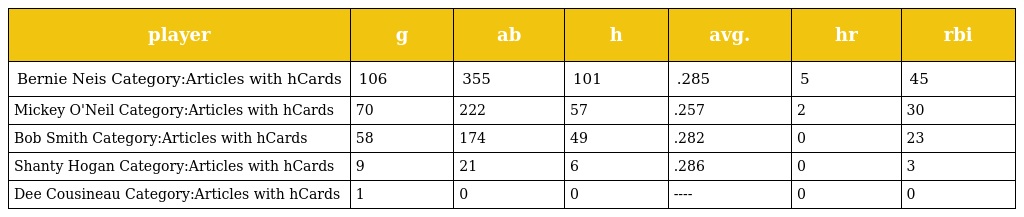
| player | g | ab | h | avg. | hr | rbi |
 | --- | --- | --- | --- | --- | --- | --- |
 | Bernie Neis Category:Articles with hCards | 106 | 355 | 101 | .285 | 5 | 45 |
 | Mickey O'Neil Category:Articles with hCards | 70 | 222 | 57 | .257 | 2 | 30 |
 | Bob Smith Category:Articles with hCards | 58 | 174 | 49 | .282 | 0 | 23 |
 | Shanty Hogan Category:Articles with hCards | 9 | 21 | 6 | .286 | 0 | 3 |
 | Dee Cousineau Category:Articles with hCards | 1 | 0 | 0 | ---- | 0 | 0 |